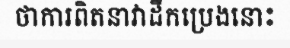
ថាការពិតនាវាដឹកប្រេងនោះ